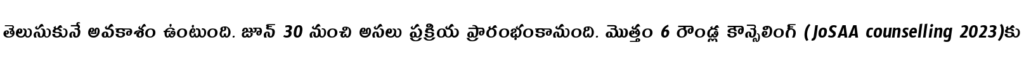
తెలుసుకునే అవకాశం ఉంటుంది. జూన్ 30 నుంచి అసలు ప్రక్రియ ప్రారంభంకానుంది. మొత్తం 6 రౌండ్ల కౌన్సెలింగ్ (JoSAA counselling 2023)కు